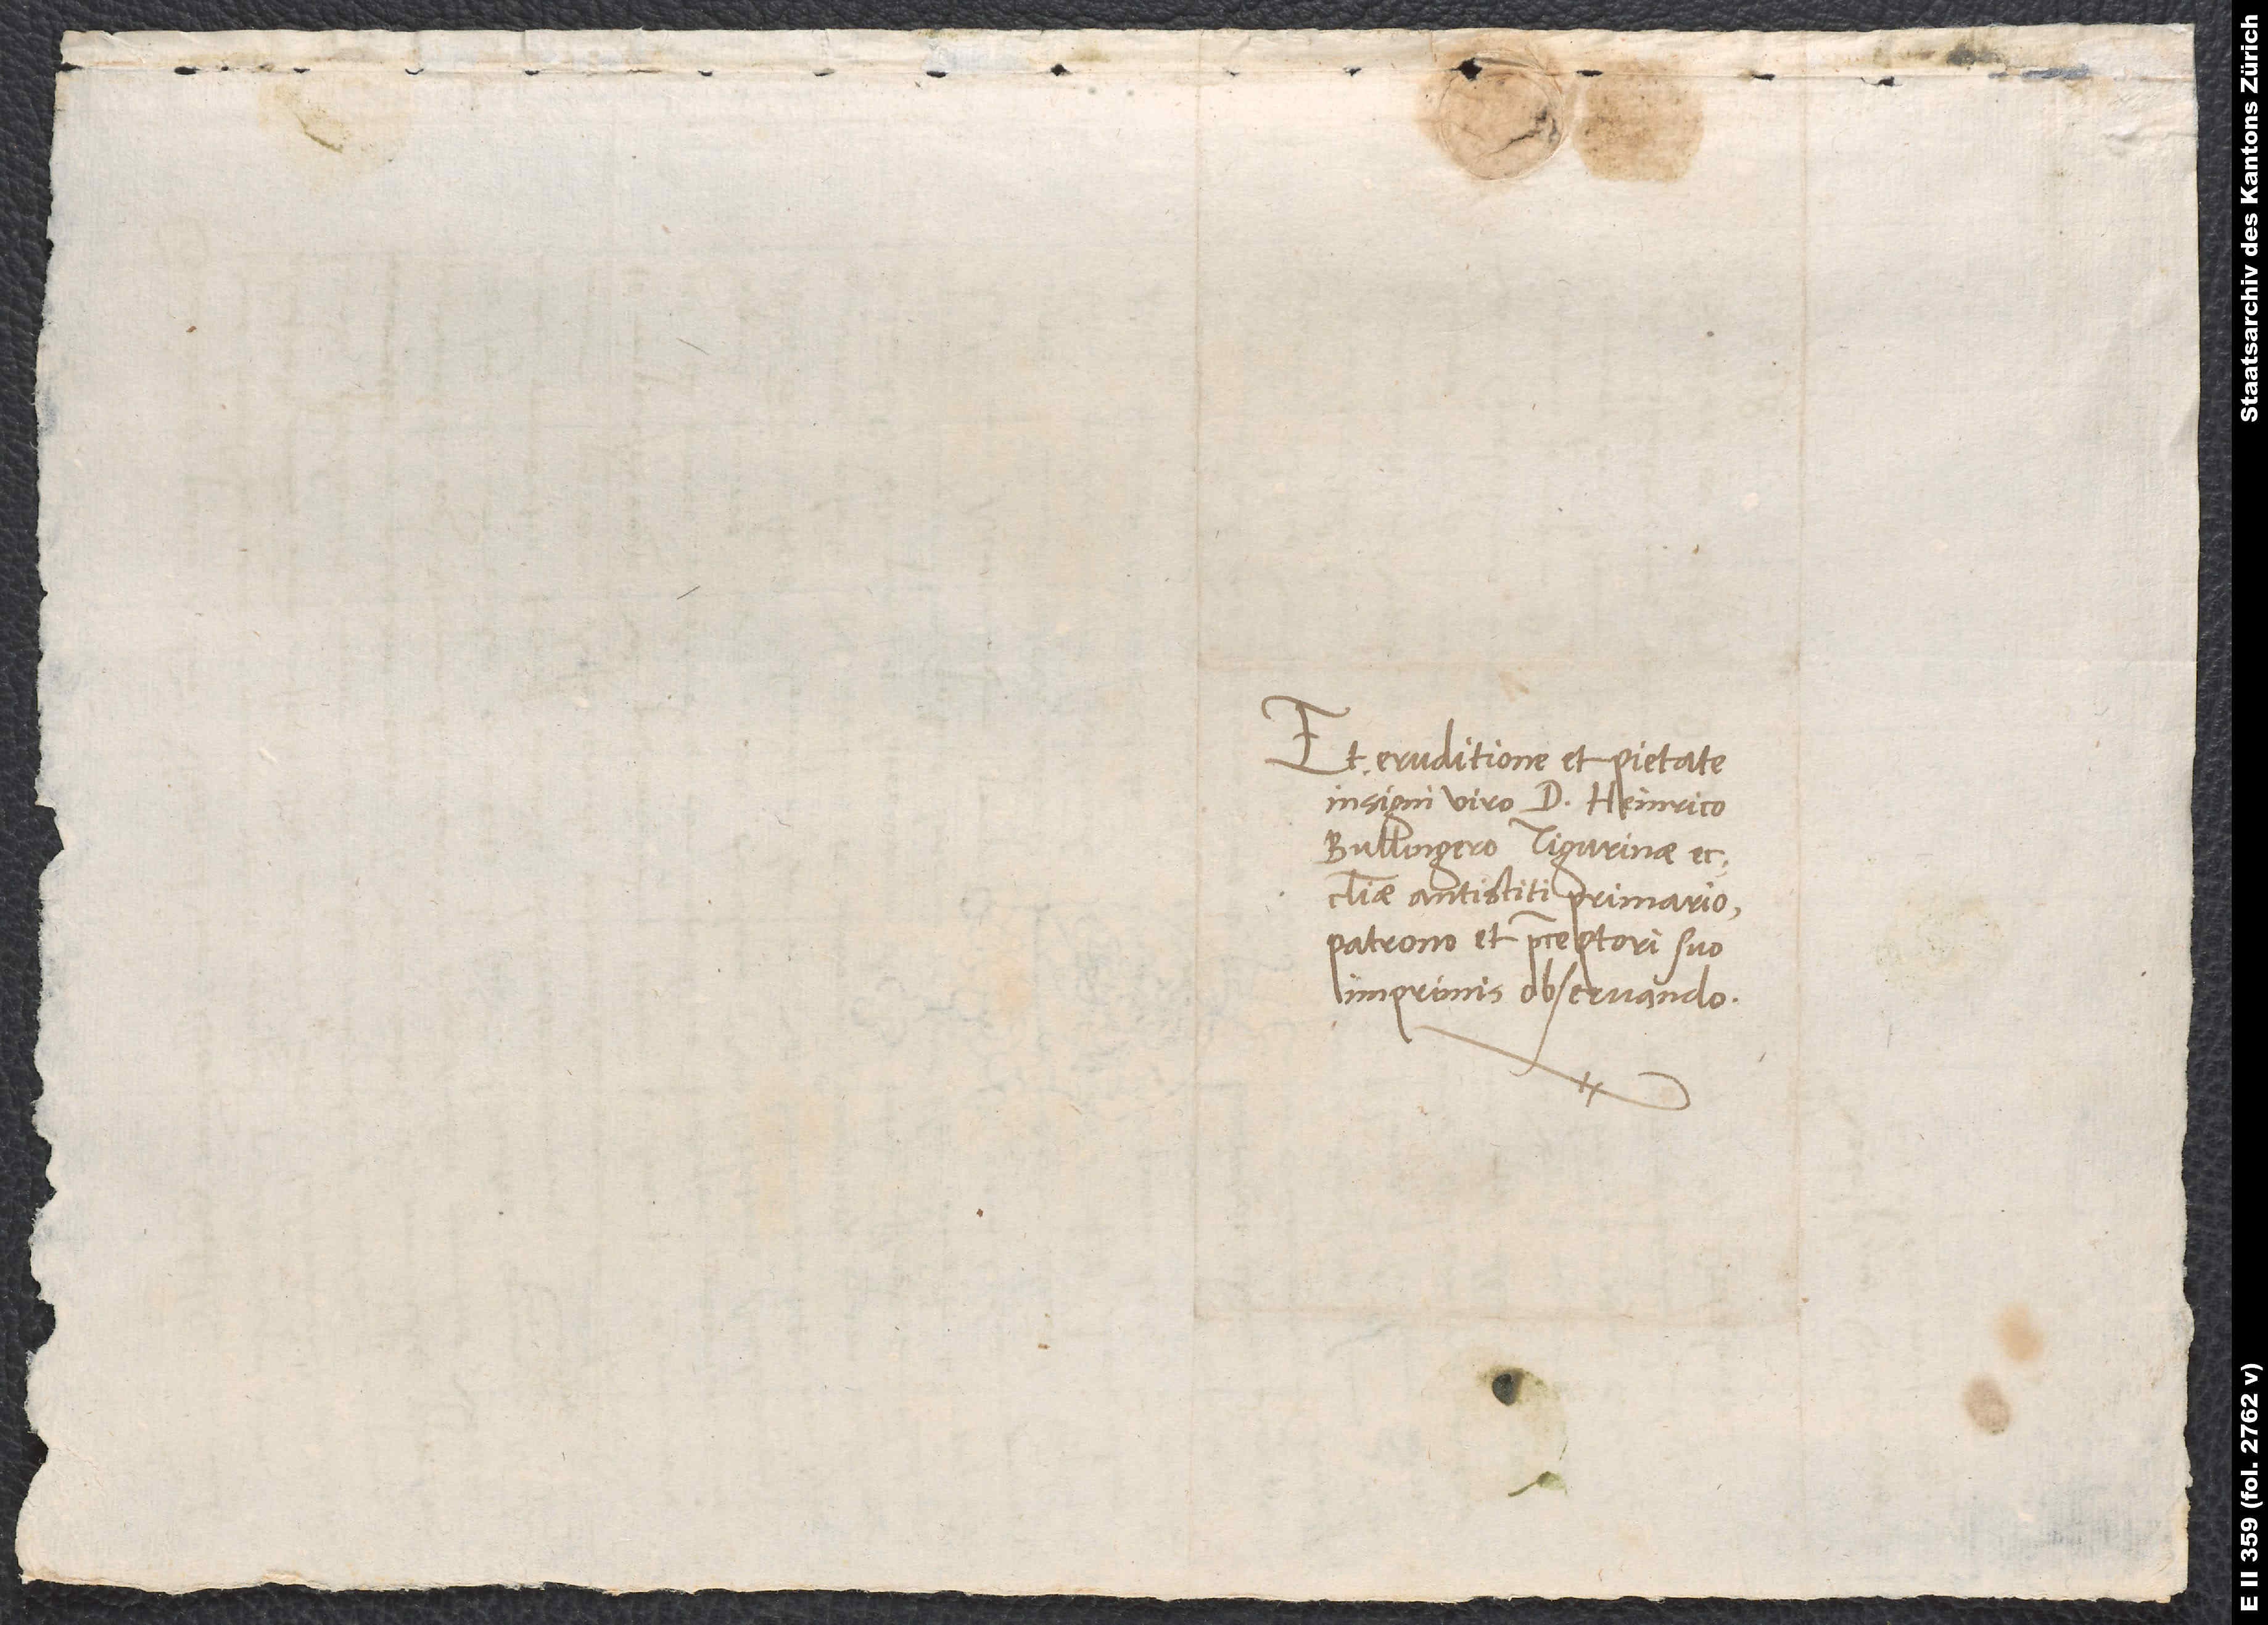
Et eruditione et pietate
insigni viro d. Heinrico
Bullingero, Tigurinae
ecclesiae antistiti primario,
patrono et praeceptori suo
imprimis observando.